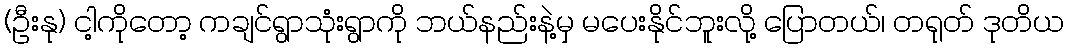
(ဦးနု) ငါ့ကိုတော့ ကချင်ရွာသုံးရွာကို ဘယ်နည်းနဲ့မှ မပေးနိုင်ဘူးလို့ ပြောတယ်၊ တရုတ် ဒုတိယ